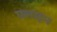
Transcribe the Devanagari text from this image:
फ़्लाइन